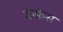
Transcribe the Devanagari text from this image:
कंफ्रेस